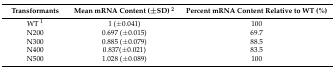
<table><thead><tr><td><b>Transformants</b></td><td><b>Mean mRNA Content (±SD) <sup>2</sup></b></td><td><b>Percent mRNA Content Relative to WT (%)</b></td></tr></thead><tbody><tr><td>WT <sup>1</sup></td><td>1 (±0.041)</td><td>100</td></tr><tr><td>N200</td><td>0.697 (±0.015)</td><td>69.7</td></tr><tr><td>N300</td><td>0.885 (±0.079)</td><td>88.5</td></tr><tr><td>N400</td><td>0.837(±0.021)</td><td>83.5</td></tr><tr><td>N500</td><td>1.028 (±0.089)</td><td>100</td></tr></tbody></table>